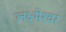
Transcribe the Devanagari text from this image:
लक्ष्मेश्‍वर